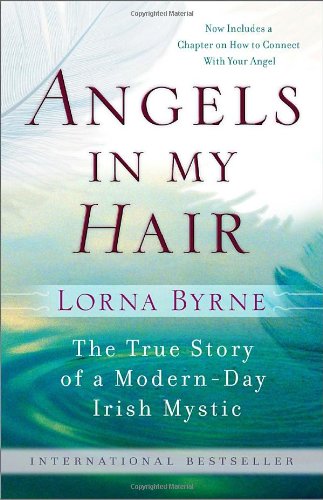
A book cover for Angels in My Hair; Lorna Byrne; Religion & Spirituality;